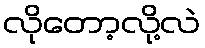
လိုတော့လို့လဲ